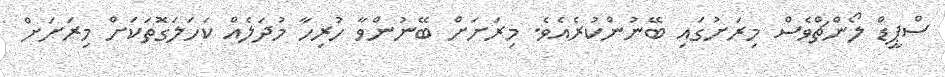
ސްޕީޑް ލޯންޗްވެސް މިރަށުގައި ބޭނުންކުރެއެވެ. މިރަށަށް ބޭނުންވާ ހުރިހާ މުދަލެއް ކަހަލަގޮތަކަށް މިރަށަށް